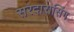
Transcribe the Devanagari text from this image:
सरदारासिंग